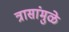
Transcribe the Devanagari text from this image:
त्रासांमुळे